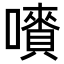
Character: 𡃄